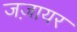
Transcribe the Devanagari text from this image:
जज़ायर